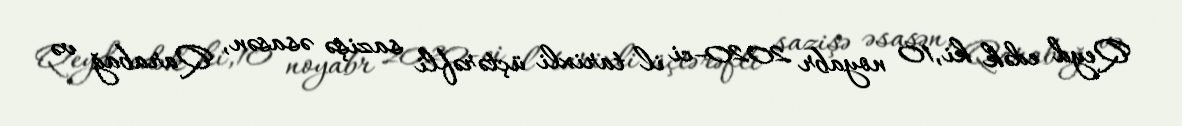
Qeyd edək ki,10 noyabr 2020-ci il tarixli üçtərəfli sazişə əsasən, Qarabağ və